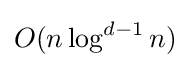
O(n\log ^{d-1}n)